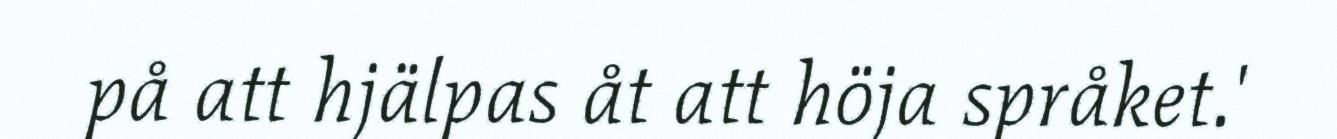
på att hjälpas åt att höja språket.'